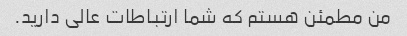
من مطمئن هستم که شما ارتباطات عالی دارید.